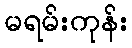
မရမ်းကုန်း